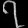
Digit: ၇